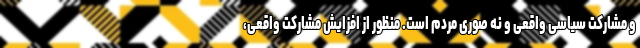
و مشارکت سیاسی واقعی و نه صوری مردم است. منظور از افزایش مشارکت واقعی،